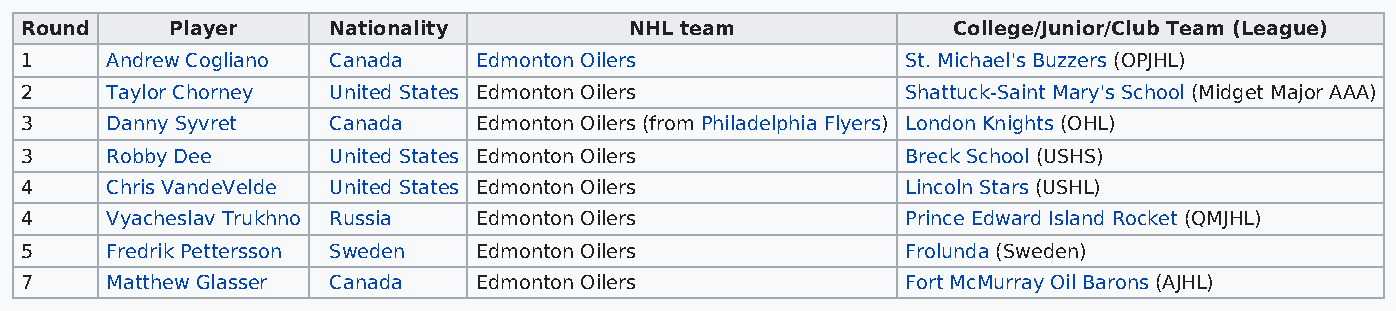
Round     Player     Nationality         NHL team             College/Junior/Club Team (League)
 1     Andrew Cogliano Canada   Edmonton Oilers             St. Michael's Buzzers (OPJHL)
 2     Taylor Chorney United States Edmonton Oilers         Shattuck-Saint Mary's School (Midget Major AAA)
 3     Danny Syvret   Canada    Edmonton Oilers (from Philadelphia Flyers) London Knights (OHL)
 3     Robby Dee      United States Edmonton Oilers         Breck School (USHS)
 4     Chris VandeVelde United States Edmonton Oilers       Lincoln Stars (USHL)
 4     Vyacheslav Trukhno Russia Edmonton Oilers            Prince Edward Island Rocket (QMJHL)
 5     Fredrik Pettersson Sweden Edmonton Oilers            Frolunda (Sweden)
 7     Matthew Glasser Canada   Edmonton Oilers             Fort McMurray Oil Barons (AJHL)